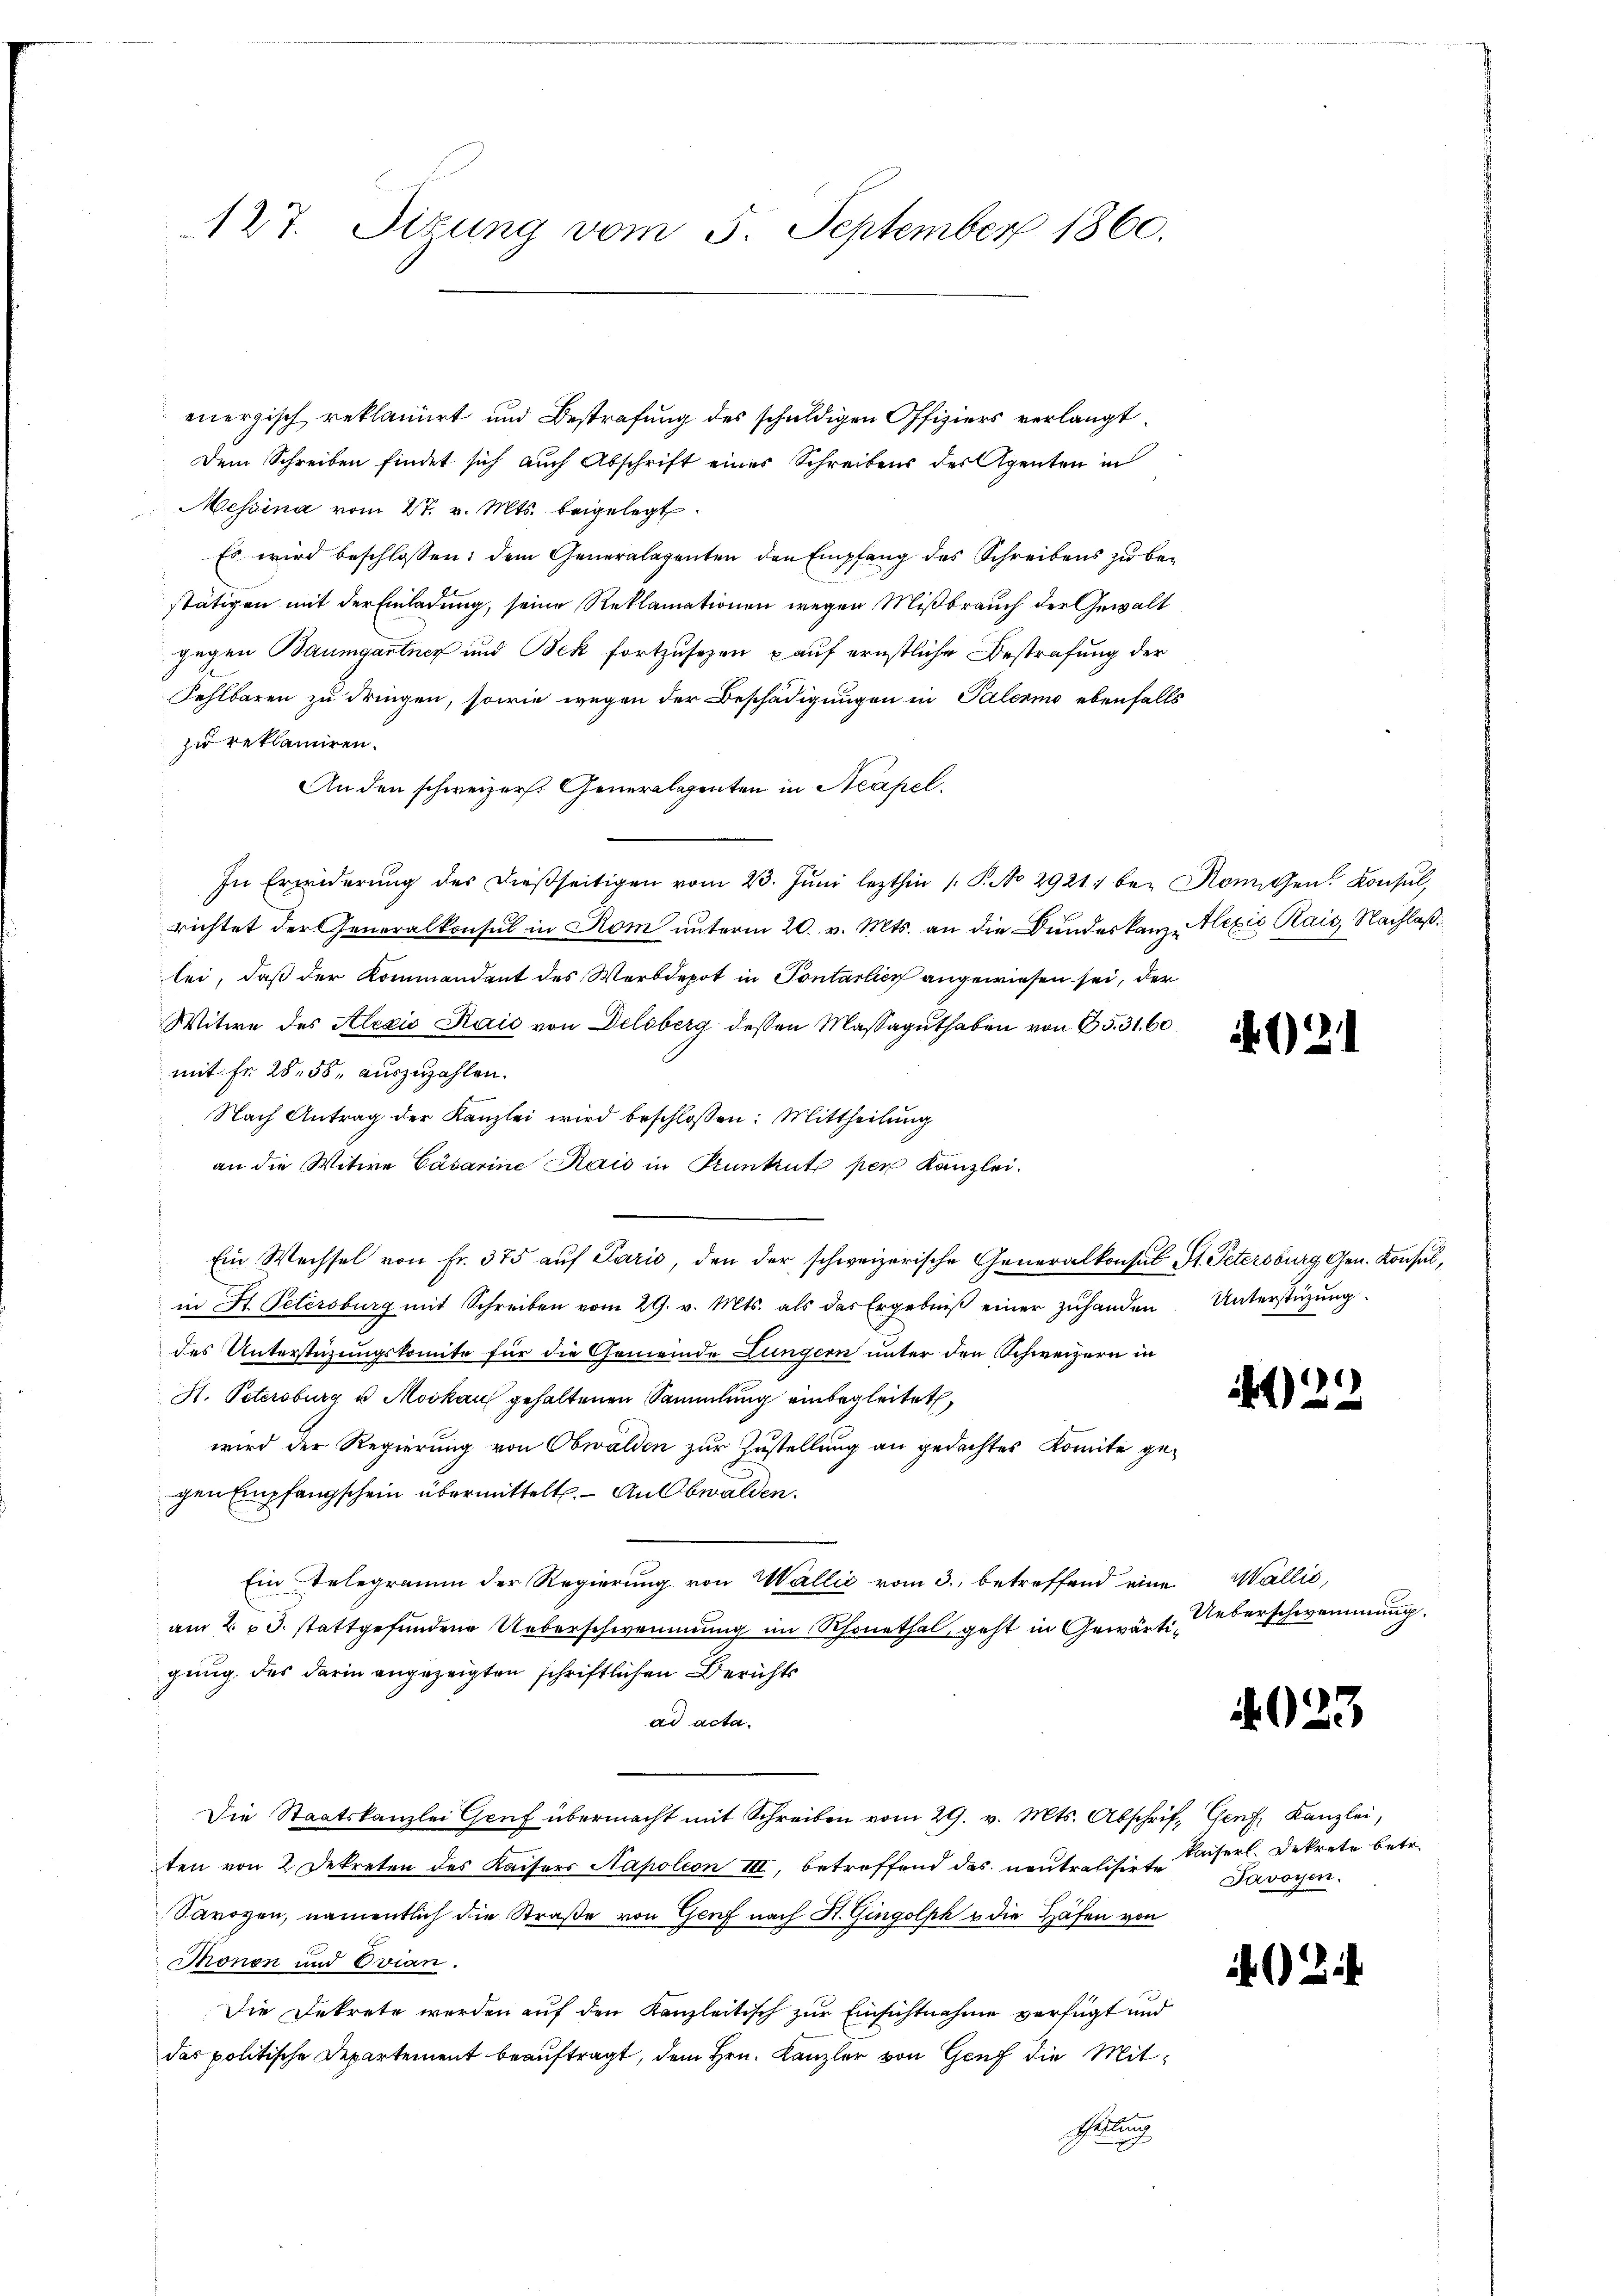
127. Sizung vom 5. September 1860.

energisch reklamirt und Bestrafung des schuldigen Offiziers verlangt,
Dem Schreiben findet sich auch Abschrift einer Schreibens des Agenten in
Messina vom 27. v. Mts. beigelegt.
Es wird beschlossen: dem Generalagenten den Empfang des Schreibens zu bestätigen mit der Einladung, seine Reklamationen wegen Mißbrauch der Gewalt
gegen Baumgartner und Bek fortzusezen auf ernstliche Bestrafung der
Fehlbaren zu dringen, sowie wegen der Beschädigungen in Palermo ebenfalls
zu reklamiren.
An den schweizers. Generalepenten in Neapel.
In Erwiderŭng des dießseitigen vom 23. Jŭni lezthin /: P. No 29211 bei Romissen. Konsul,
richtet der Generalkonsul in Rom unterm 20. v. Mts. an die Bundeskanz Alexić Rais, Nachlaßlei, daß der Kommandant des Werbdepot in Pontarlich angewiesen sei, der
Witwe des Alexio Kaić von Delsberg dessen Massaguthaben von 35. 31, 60
mit Fr. 28. 58, auszuzahlen.
Nach Antrag der Kanzlei wird beschlossen: Mittheilung
an die Witwe Cäsarine Kais in Pruntrut per Kanzlei.
Ein Wechsel von Fr. 375 auf Paris, den der schweizerische Generalkonsul St. Petersburg, Gen. Konsul,
in St. Petersburg mit Schreiben vom 29. v. Mts. als das Ergebniβ einer zuhanden Unterstüzung.
des Unterstüzungskomite für die Gemeinde Lungern unter den Schweizern in
H. Petersburg u Moskau gehaltenen Sammlung einbegleitet,
wird der Regierung von Obwalden zur Zustellung an gedachtes Komite gegen Empfangschein übermittelt. – An Obwalden.
Ein Telegramm der Regierung von Wallić vom 3. betreffend eine Wallis,
am 2. 3. stattgefundene Ueberschwemmung im Schonethal, geht in Gewärtigung des darin angezeigten schriftlichen Berichts
ad acta.
Die Staatskanzlei Genf übermacht mit Schreiben vom 29. v. Mts. Abschrift Genf, Kanzlei,
ten von 2 Dekreten des Kaisers Napoleon III, betreffend das neutralisies Kaiserl. Dekrete betr.
Savoyen, namentlich die Straße von Genf nach St. Gingolph u die Häfen von
Monon und Evian.
Die Dekrete werden auf den Kanzleitisch zur Einsichtnahme verfügt und
das politische Departement beauftragt, dem Hrn. Kanzler von Genf die Mit¬
Geltung

4021

22

Ueberschwemmung.

4023

Javoyen.

402.